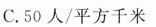
C.50人/平方千米